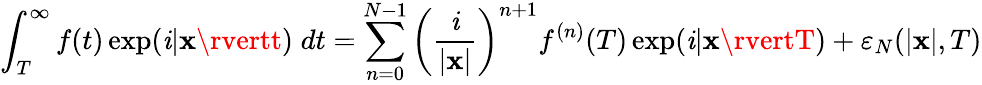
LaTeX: \int_{T}^{\infty}f(t)\exp(\mathit{i}\lvert\mathbf{x}\rvertt)\; dt=\sum_{n=0}^{N-1}\left(\frac{{\mathit{i}}}{{\lvert\mathbf{x}\rvert}}\right)^{n+1}f^{(n)}(T)\exp(\mathit{i}\lvert\mathbf{x}\rvertT)+\varepsilon_{N}(\lvert\mathbf{x}\rvert,T)